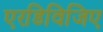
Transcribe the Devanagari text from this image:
एरडिविजिए